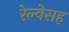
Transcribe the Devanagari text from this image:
रेल्वेसह